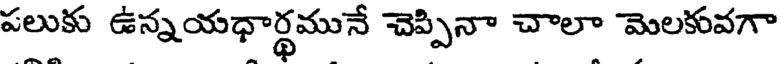
పలుకు ఉన్నయధార్థమునే చెప్పినా చాలా మెలకువగా